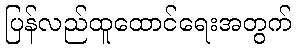
ပြန်လည်ထူထောင်ရေးအတွက်